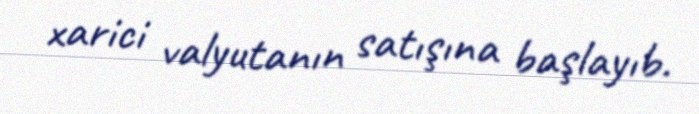
xarici valyutanın satışına başlayıb.